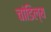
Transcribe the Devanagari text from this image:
चांडिल्य